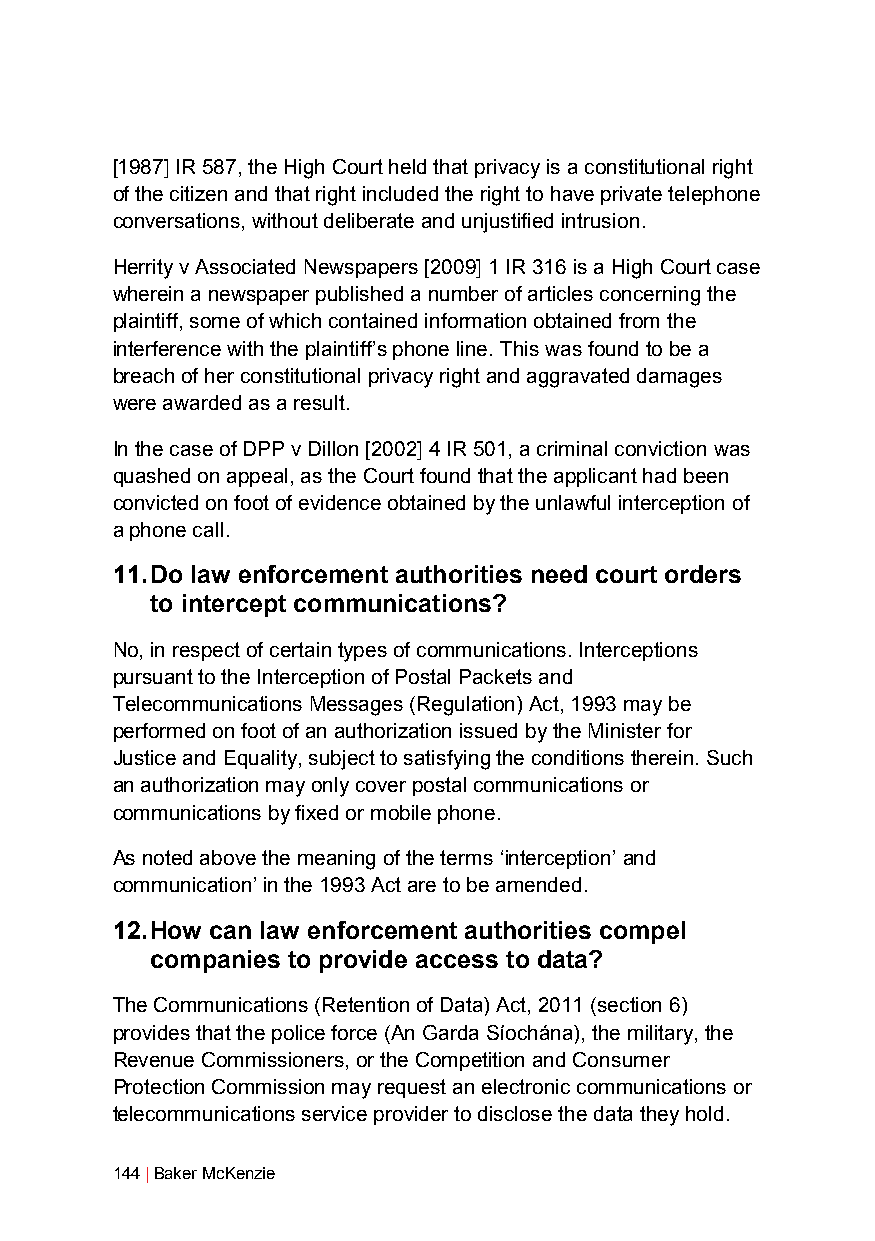
[1987] IR 587, the High Court held that privacy is a constitutional right
 of the citizen and that right included the right to have private telephone
 conversations, without deliberate and unjustified intrusion.
 Herrity v Associated Newspapers [2009] 1 IR 316 is a High Court case
 wherein a newspaper published a number of articles concerning the
 plaintiff, some of which contained information obtained from the
 interference with the plaintiff’s phone line. This was found to be a
 breach of her constitutional privacy right and aggravated damages
 were awarded as a result.
 In the case of DPP v Dillon [2002] 4 IR 501, a criminal conviction was
 quashed on appeal, as the Court found that the applicant had been
 convicted on foot of evidence obtained by the unlawful interception of
 a phone call.
 11. Do law enforcement authorities need court orders
 to intercept communications?
 No, in respect of certain types of communications. Interceptions
 pursuant to the Interception of Postal Packets and
 Telecommunications Messages (Regulation) Act, 1993 may be
 performed on foot of an authorization issued by the Minister for
 Justice and Equality, subject to satisfying the conditions therein. Such
 an authorization may only cover postal communications or
 communications by fixed or mobile phone.
 As noted above the meaning of the terms ‘interception’ and
 communication’ in the 1993 Act are to be amended.
 12. How can law enforcement authorities compel
 companies to provide access to data?
 The Communications (Retention of Data) Act, 2011 (section 6)
 provides that the police force (An Garda Síochána), the military, the
 Revenue Commissioners, or the Competition and Consumer
 Protection Commission may request an electronic communications or
 telecommunications service provider to disclose the data they hold.
 144 | Baker McKenzie